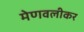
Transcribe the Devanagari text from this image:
मेणवलीकर